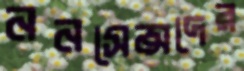
ননসেন্সদের